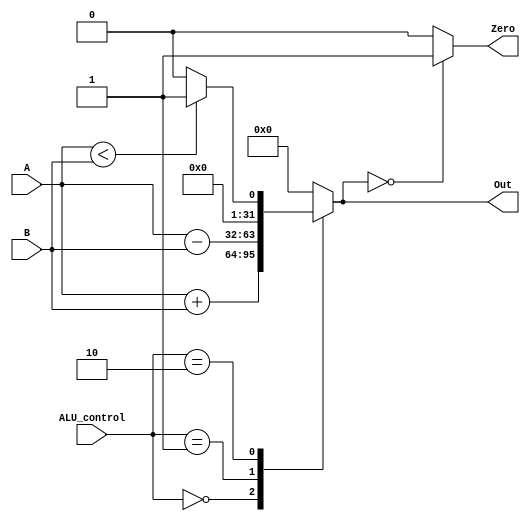
module ALU(input [31:0]A ,B,input [2:0]ALU_control,output Zero,output reg [31:0]Out);
    always@(ALU_control,A,B)begin
        Out=0;
        case(ALU_control)
        3'b000: Out=A+B;
        3'b001: Out=A-B;
        3'b010: Out=(A<B)?1:0;
        endcase
    end
    assign Zero=(Out==0)?1:0;
endmodule